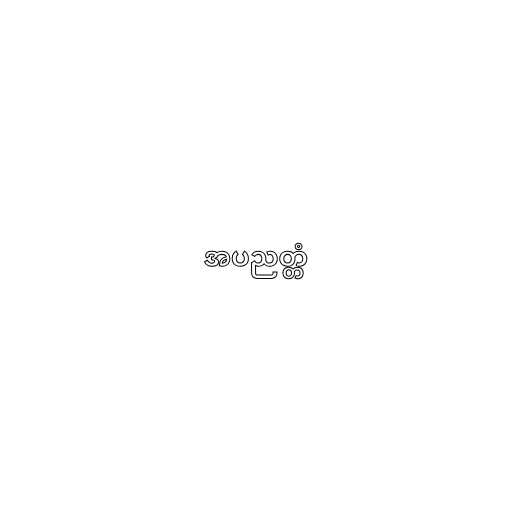
အပညတ္တံ